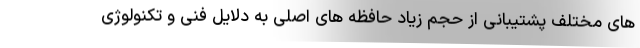
های مختلف پشتیبانی از حجم زیاد حافظه های اصلی به دلایل فنی و تکنولوژی